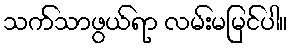
သက်သာဖွယ်ရာ လမ်းမမြင်ပါ။